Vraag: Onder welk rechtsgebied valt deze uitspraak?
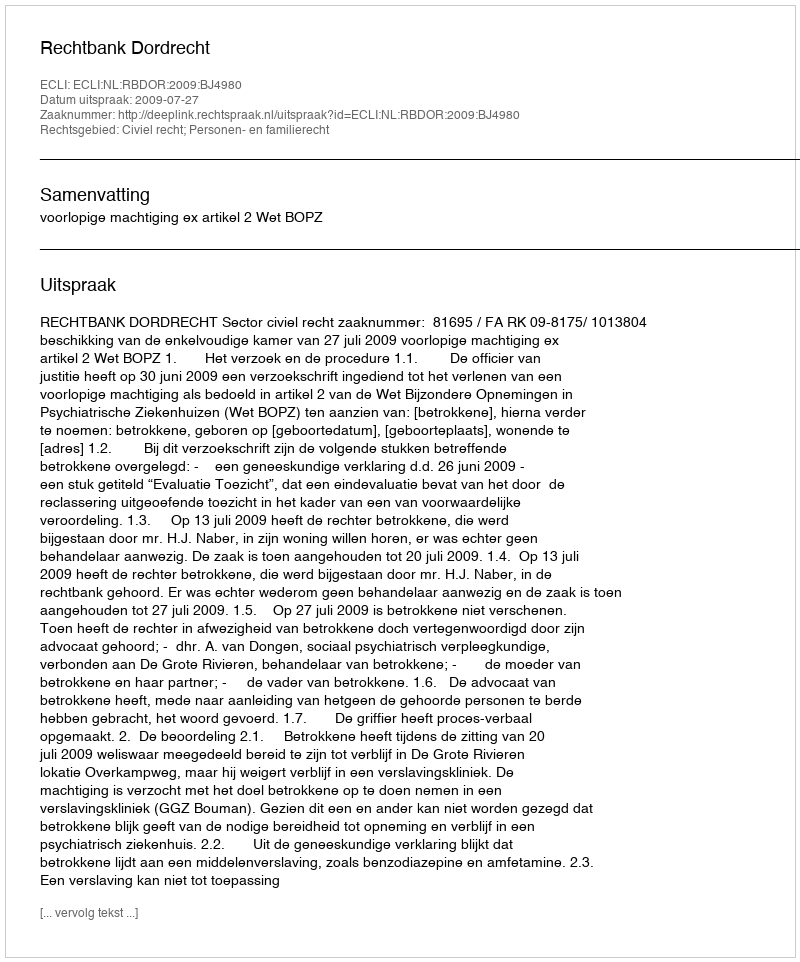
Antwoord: Civiel recht; Personen- en familierecht